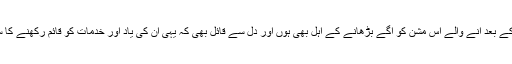
دعا کرنی چاہیے کہ ان کے بعد آنے والے اس مشن کو آگے بڑھانے کے اہل بھی ہوں اور دل سے قائل بھی کہ یہی ان کی یاد اور خدمات کو قائم رکھنے کا سب سے بہتر طریقہ ہے۔